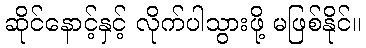
ဆိုင်နောင့်နှင့် လိုက်ပါသွားဖို့ မဖြစ်နိုင်။